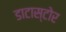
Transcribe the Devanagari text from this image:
डाटास्टोर